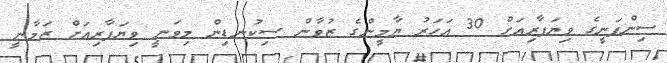
ސިންފަނީގެ ވިޔަފާރިއަށް 30 އަހަރު ޔާމީންގެ ޒުވާން ސިކުނޑިން މިވަނީ ވިޔަފާރިއަށް ޒަމާނީ